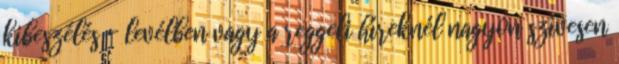
kibeszélés - levélben vagy a reggeli híreknél nagyon szívesen